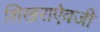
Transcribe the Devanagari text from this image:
शिखराऐवजी